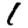
Digit: 1